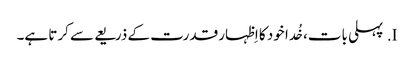
I.	پہلی بات، خُدا خود کا اِظہار قدرت کے ذریعے سے کرتا ہے۔